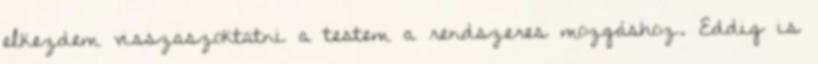
elkezdem visszaszoktatni a testem a rendszeres mozgáshoz. Eddig is